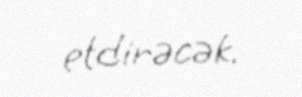
etdirəcək.